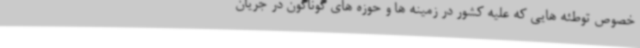
خصوص توطئه هایی که علیه کشور در زمینه ها و حوزه های گوناگون در جریان